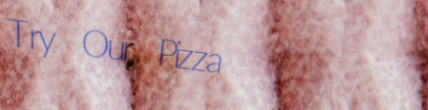
Try Our Pizza